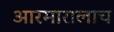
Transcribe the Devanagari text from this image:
आरमारालाच